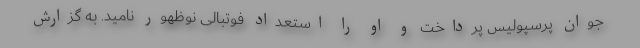
جوان پرسپولیس پرداخت و او را استعداد فوتبالی نوظهور نامید. به گزارش